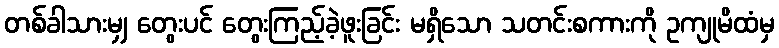
တစ်ခါသားမျှ တွေးပင် တွေးကြည့်ခဲ့ဖူးခြင်း မရှိသော သတင်းစကားကို ဥကျုမိထံမှ